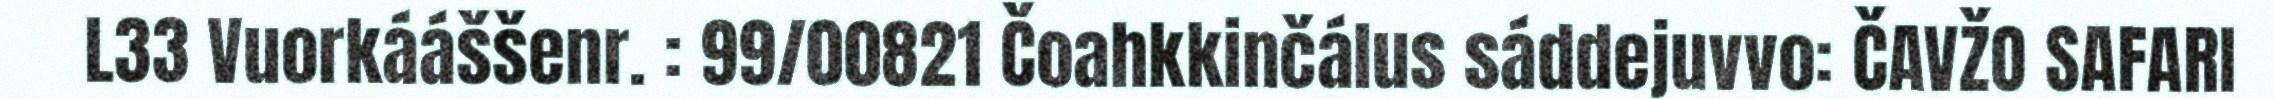
L33 Vuorkááššenr. : 99/00821 Čoahkkinčálus sáddejuvvo: ČAVŽO SAFARI